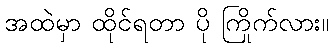
အထဲမှာ ထိုင်ရတာ ပို ကြိုက်လား။